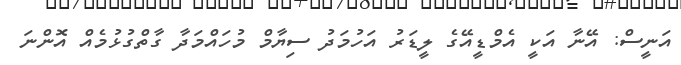
އަނީސް: އޭނާ އަކީ އެމްޑީއޭގެ ލީޑަރު އަހުމަދު ސިޔާމް މުހައްމަދާ ގާތްގުޅުމެއް އޮންނަ